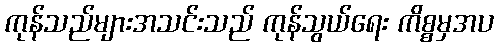
ကုန်သည်များအသင်းသည် ကုန်သွယ်ရေး ကိစ္စမှအပ